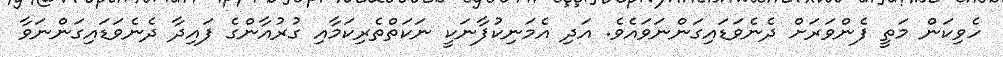
ހެވިކަން މަތީ ފެންވަރަށް ދެނެވަޑައިގަންނަވައެވެ. އަދި އެމަނިކުފާނަކީ ނަކަތްތެރިކަމާއި ގުރުއާންގެ ފައިދާ ދެނެވަޑައިގަންނަވާ